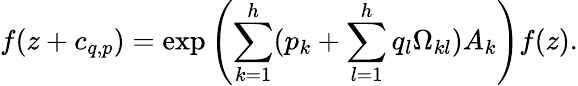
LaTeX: f(z+c_{q,p})=\exp\left({\sum_{k=1}^{h}(p_{k}+\sum_{l=1}^{h}q_{l}\Omega_{kl})A_{k}}\right)f(z).